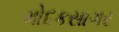
મોદકસાગર